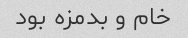
خام و بدمزه بود